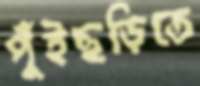
পুঁইছড়িতে